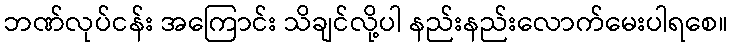
ဘဏ်လုပ်ငန်း အကြောင်း သိချင်လို့ပါ နည်းနည်းလောက်မေးပါရစေ။